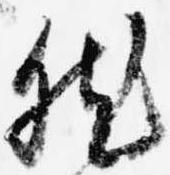
然